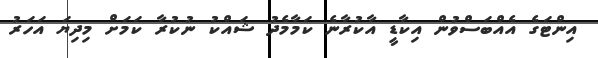
އިންޓަގެ އެއްބަސްވުން އިކާޑީ އާކުރާނެ ކަމާމެދު ޝައްކު ނުކުރާ ކަމަށް މިދިޔަ އަހަރު